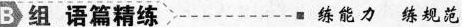
B 组 语篇精练 练能力 练规范